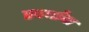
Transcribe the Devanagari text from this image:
स्पर्धांंचा